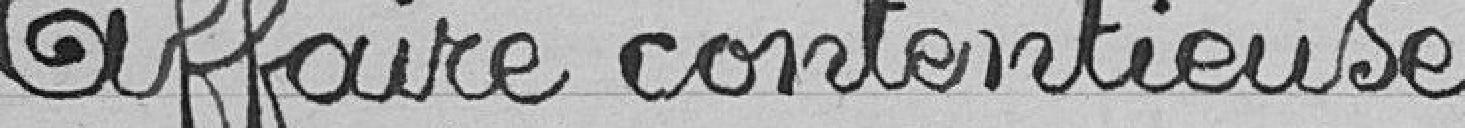
Affaire contentieuse